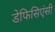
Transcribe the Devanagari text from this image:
डेफिसिएंसी